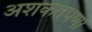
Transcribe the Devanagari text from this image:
अशकतपणा